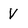
Character: V